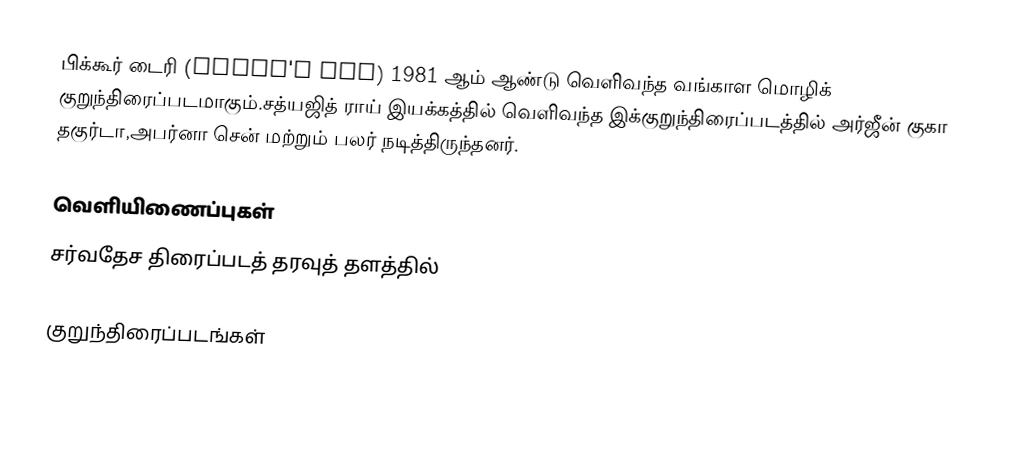
பிக்கூர் டைரி  (Pikoo's Day) 1981 ஆம் ஆண்டு வெளிவந்த வங்காள மொழிக் குறுந்திரைப்படமாகும்.சத்யஜித் ராய் இயக்கத்தில் வெளிவந்த இக்குறுந்திரைப்படத்தில் அர்ஜீன் குகா தகுர்டா,அபர்னா சென் மற்றும் பலர் நடித்திருந்தனர்.

வெளியிணைப்புகள்
சர்வதேச திரைப்படத் தரவுத் தளத்தில்

குறுந்திரைப்படங்கள்